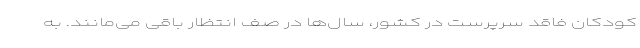
کودکان فاقد سرپرست در کشور، سال‌ها در صف انتظار باقی می‌مانند. به